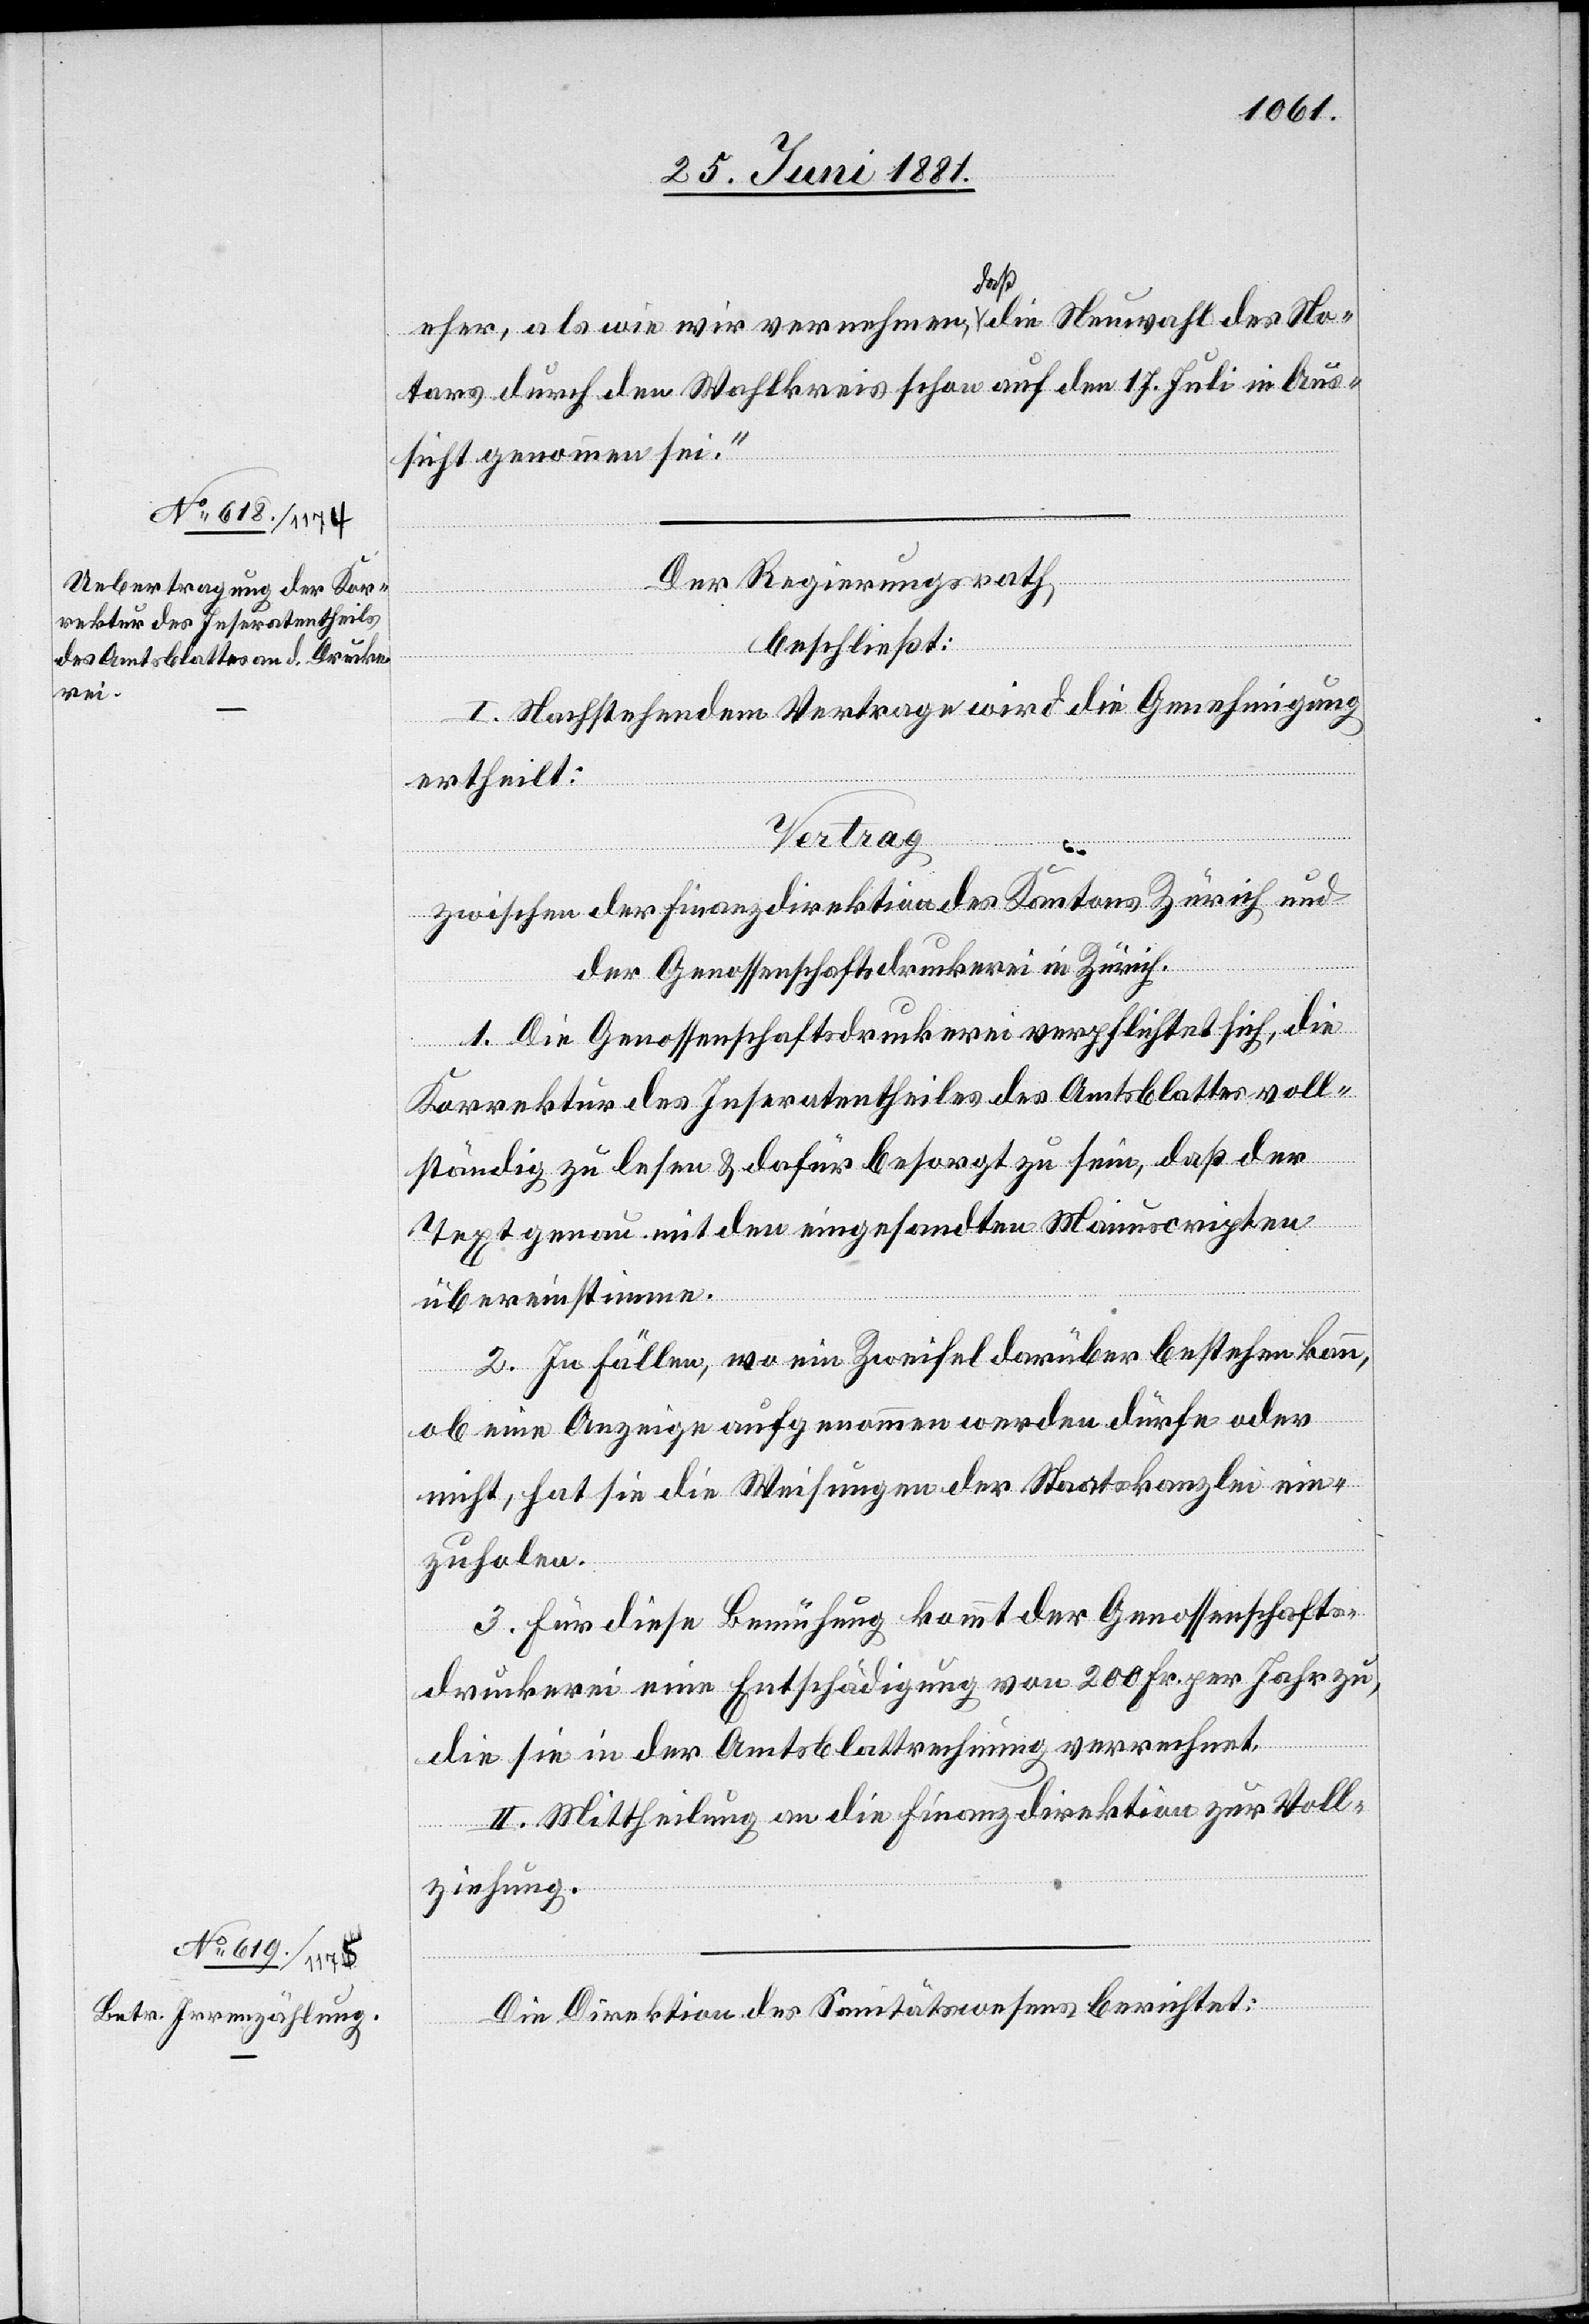
eher, als wie wir vernehmen, daß die Neuwahl des No¬
tars durch den Wahlkreis schon auf den 17. Juli in Aus¬
sicht genommen sei.“
Der Regierungsrath,
beschließt:
I. Nachstehendem Vertrage wird die Genehmigung
ertheilt:
Vertrag
zwischen der Finanzdirektion des Kantons Zürich und
der Genossenschaftsdruckerei in Zürich.
1. Die Genossenschaftsdruckerei verpflichtet sich, die
Korrektur des Inseratentheiles des Amtsblattes voll¬
ständig zu lesen & dafür besorgt zu sein, daß der
Text genau mit den eingesandten Manuscripten
übereinstimme.
2. In Fällen, wo ein Zweifel darüber bestehen kann,
ob eine Anzeige aufgenommen werden dürfe oder
nicht, hat sie die Weisungen der Staatskanzlei ein¬
zuholen.
3. Für diese Bemühung kommt der Genossenschafts¬
druckerei eine Entschädigung von 200 Fr. per Jahr zu,
die sie in der Amtsblattrechnung verrechnet.
II. Mittheilung an die Finanzdirektion zur Voll¬
ziehung.
Die Direktion des Sanitätswesens berichtet: